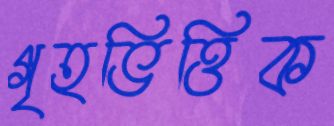
গৃহভিত্তিক